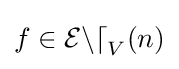
f\in {\mathcal {End}}_{V}(n)